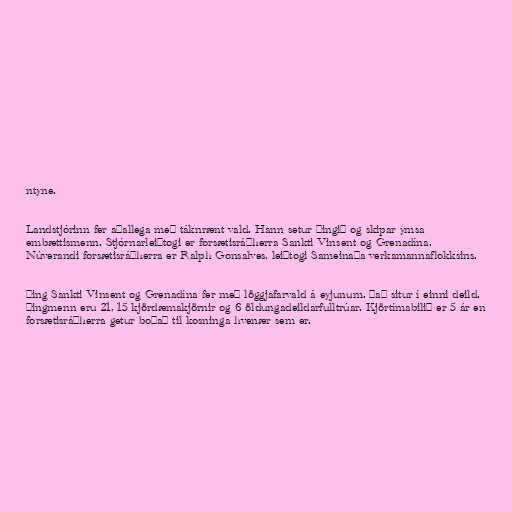
ntyne.

Landstjórinn fer aðallega með táknrænt vald. Hann setur þingið og skipar ýmsa
embættismenn. Stjórnarleiðtogi er forsætisráðherra Sankti Vinsent og Grenadína.
Núverandi forsætisráðherra er Ralph Gonsalves, leiðtogi Sameinaða verkamannaflokksins.

Þing Sankti Vinsent og Grenadína fer með löggjafarvald á eyjunum. Það situr í einni deild.
Þingmenn eru 21, 15 kjördæmakjörnir og 6 öldungadeildarfulltrúar. Kjörtímabilið er 5 ár en
forsætisráðherra getur boðað til kosninga hvenær sem er.